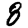
Digit: 8